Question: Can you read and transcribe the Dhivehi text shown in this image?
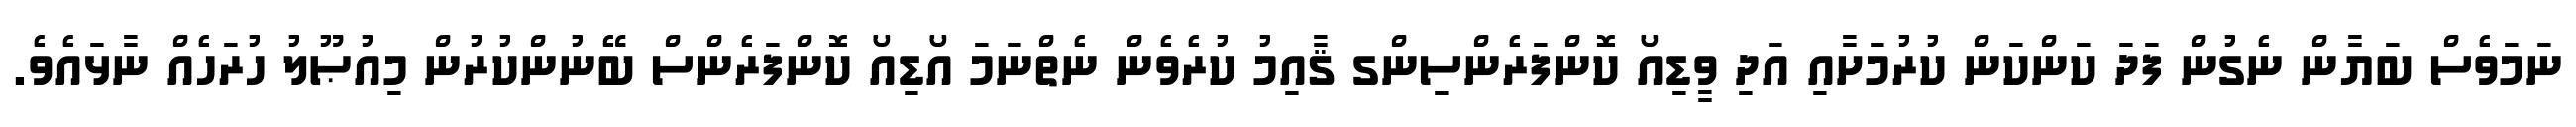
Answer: ނަމަވެސް ބަޔާން ނެގުން ފަދަ ކަންކަން ކުރުމަށާއި އަދި ވީޑިއޯ ކޮންފަރެންސިންގ ޤާއިމު ކުރެވެން ނެތްނަމަ އޯޑިއޯ ކޮންފަރެންސް ބޭނުންކުރުން މިއުޞޫލު ހުރަހެއް ނާޅައެވެ.